Report of the Hyderabad Chloroform Commission
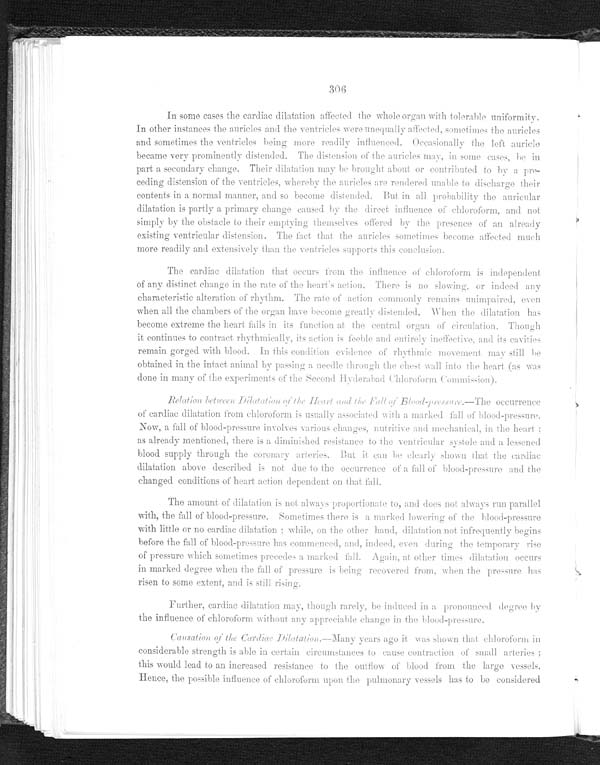
306
In some cases the cardiac dilatation affected the whole organ with tolerable uniformity.
In other instances the auricles and the ventricles were unequally affected, sometimes the auricles
and sometimes the ventricles being more readily influenced. Occasionally the left auricle
became very prominently distended. The distension of the auricles may, in some cases, be in
part a secondary change. Their dilatation may be brought about or contributed to by a pre--
ceding distension of the ventricles, whereby the auricles are rendered unable to discharge their
contents in a normal manner, and so become distended. But in all probability the auricular
dilatation is partly a primary change caused by the direct influence of chloroform, and not
simply by the obstacle to their emptying themselves offered by the presence of an already
existing ventricular distension. The fact that the auricles sometimes become affected much
more readily and extensively than the ventricles supports this conclusion.
The cardiac dilatation that occurs from the influence of chloroform is independent
of any distinct change in the rate of the heart's action. There is no slowing, or indeed any
c h a r a n c t e r i s t i c a l t e r a t i o n o f r h y t h m . T h e r a t e o f a c t i o n c o m m o n l y r e m a i n s u n i m p a i r e d , e v e n
when all the chambers of the organ have become greatly distended. When the dilatation has
become extreme the heart fails in its function at the central organ of circulation. Though
it continues to Contract rhythmically, its action is feeble and entirely ineffective , and its cavities
remain gorged with blood. In this condition evidenee of rhythmic movement may still be
obtained in the intact animal by passing a needle through the chest wall into the heart (as was
done in many of the experiments of the Second Hyderabad (Chlorofont. Commision).
Relation between Dilatation of the Heart and the Fall of Blood-pressure. —The occurrence
of cardiac dilatation from chloroform is usually associated with a marked fall of blood-pressure.
Now, a fall of blood-pressure involves various changes, nutritive and mechanical, in the heart;
as already mentioned, there is a diminished resistance to the ventricular systole and a lessened
b l o o d s u p p l y t h r o u g h t h e c o r o n a r y a r t e r i e s . B u t i t c a n b e c l e a r l y s h o w n t h a t t h e c a r d i a c
dilatation above described is not due to the occurrence of a fall of blood-pressure and the
changed conditions of heart action dependent on that fall.
T h e a m o u n t o f d i l a t a t i o n i s n o t a l w a y s p r o p o r t i o n a t e t o , a n d d o e s n o t a l w a y s r u n p a r a l l e l w i t h , t h e
f a l l o f b l o o d - p r e s s u r e . S o m e t i m e s t h e r ei
s a
m a r k e d
l o w e r i n g o f t h e b l o o d - p r e s s u r e
with little or no cardiac dilatation; while, on the other hand, dilatation not infrequently begins
before the fall of blood-pressure has commenced, and, indeed, even during the temporary rise
o f p r e s s u r e w h i c h s o m e t i m e p r e c e d e s a m a r k e d f a l l . A g a i n , a t o t h e r t i m e s d i l a t a t i o n o c c u r s i n m a r k e d d e g r e e w h e n t h e f a l l o f p r e s s u r e i s b e i n g r e c o v e r e d f r o m . w h e n t h e p r e s s u r e h a s
risen to some extent, and is still rising.
Further, cardiac dilatation may, though rarely, be induced in a pronounced degree by
the influence of chloroform without any approciable change in the blood-pressure.
Causation of the Cardiac Dilatation.—Many years ago it was shown that chloroform in
considerable strength is able in certain circumstances to cause contraction of small arteries;
this would lead to an increased resistance to the outflow of blood from the large vessels.
Hence, the possible influence of chloroform upon the pulmonary vessels has to be considered